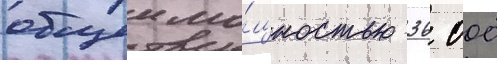
общеи мо́щностью 36 000